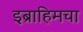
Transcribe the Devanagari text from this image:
इब्राहिमचा